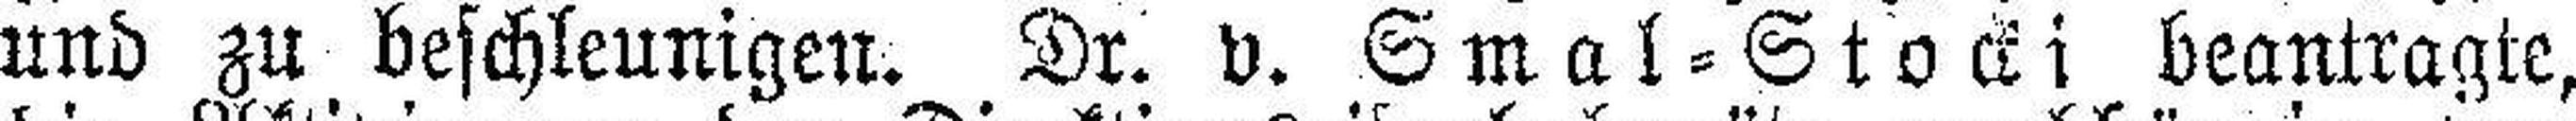
und zu beschleunigen. Dr. v. Smal = Stocki beantragte,